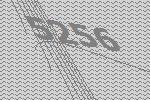
5256